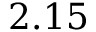
2 . 1 5